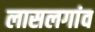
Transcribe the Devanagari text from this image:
लासलगांव